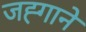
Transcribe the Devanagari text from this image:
जह्गाने